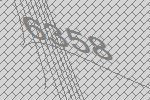
6358